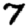
Digit: 7